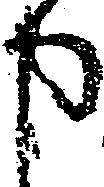
申